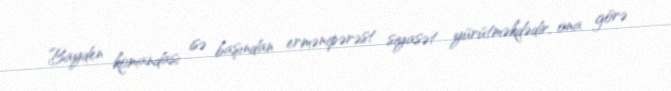
Bayden komandası isə başından ermənipərəst siyasət yürütməkdədir, ona görə